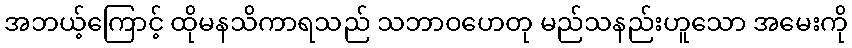
အဘယ့်ကြောင့် ထိုမနသိကာရသည် သဘာဝဟေတု မည်သနည်းဟူသော အမေးကို